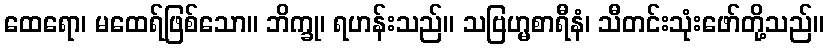
ထေရော၊ မထေရ်ဖြစ်သော။ ဘိက္ခု၊ ရဟန်းသည်။ သဗြဟ္မစာရီနံ၊ သီတင်းသုံးဖော်တို့သည်။